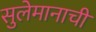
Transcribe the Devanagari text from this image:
सुलेमानाची